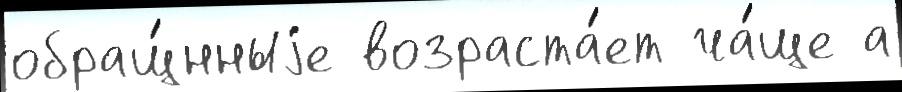
обращ́нныjе возраста́ет ча́ще а